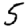
Digit: 5